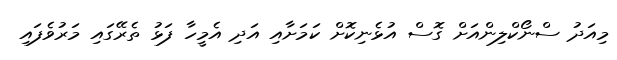
މިއަދު ސްނޯކްލިންއަށް ގޮސް އުޅެނިކޮށް ކަމަށާއި އަދި އެމީހާ ފަޅު ތެރޭގައި މަރުވެފައި